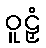
ဝူဠှံ